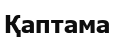
Қаптама